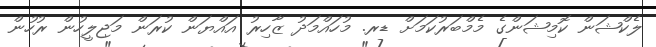
ލެކްޝަން ކޮމިޝަންގެ މެމްބަރުކަމަށް ޑރ. މުހައްމަދު ޒާހިރު އައްޔަން ކުރަން މަޖިލީހުން ރުހުން